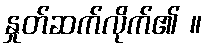
နှုတ်ဆက်လိုက်၏ ။